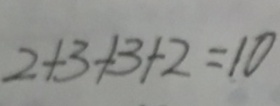
2 + 3 + 3 + 2 = 1 0